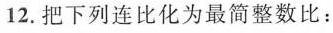
12.把下列连比化为最简整数比：